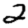
Digit: 2